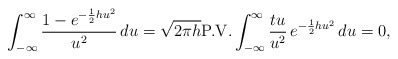
\begin{align*}\displaystyle \int_{-\infty}^{\infty}\frac{1- \displaystyle e^{-\frac{1}{2}hu^2}} {u^2}\,du = \sqrt{2\pi h}\textup{P.V.} \int_{-\infty}^{\infty}\frac{tu}{u^2}\, e^{-\frac{1}{2}hu^2}\,du=0,\end{align*}